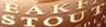
STOUT